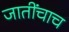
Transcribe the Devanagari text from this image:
जातींचाच